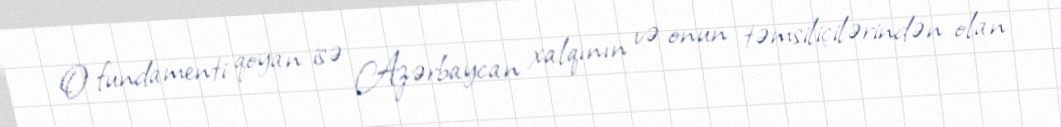
O fundamenti qoyan isə Azərbaycan xalqının və onun təmsiliçilərindən olan